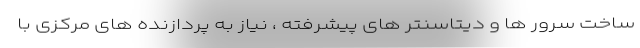
ساخت سرور ها و دیتاسنتر های پیشرفته ، نیاز به پردازنده های مرکزی با